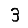
Digit: 3